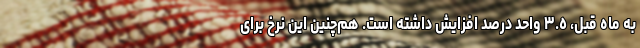
به ماه قبل، ٣.٥ واحد درصد افزایش داشته است. هم‌چنین این نرخ برای